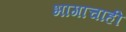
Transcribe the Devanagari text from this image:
भागाचाही